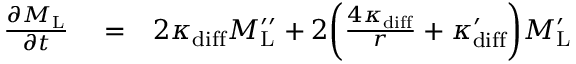
\begin{array} { r l r } { \frac { \partial M _ { \mathrm { L } } } { \partial t } } & { { } = } & { 2 \kappa _ { \mathrm { d i f f } } M _ { \mathrm { L } } ^ { \prime \prime } + 2 \bigg ( \frac { 4 \kappa _ { \mathrm { d i f f } } } { r } + \kappa _ { \mathrm { d i f f } } ^ { \prime } \bigg ) M _ { \mathrm { L } } ^ { \prime } } \end{array}